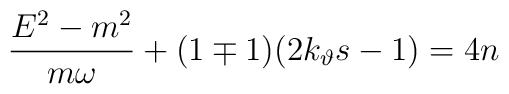
\frac{E^2-m^2}{m\omega }+(1\mp 1)(2k_\vartheta s-1)=4n